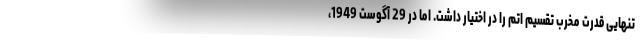
تنهایی قدرت مخرب تقسیم اتم را در اختیار داشت. اما در 29 آگوست 1949،